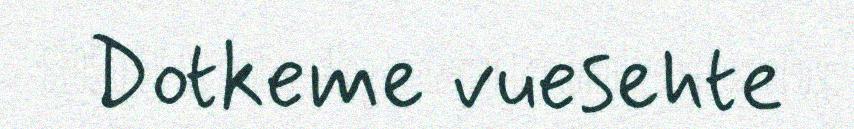
Dotkeme vuesehte